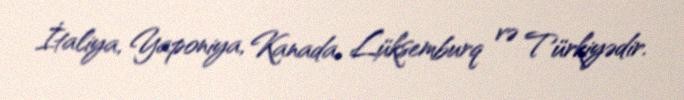
İtaliya, Yaponiya, Kanada, Lüksemburq və Türkiyədir.